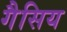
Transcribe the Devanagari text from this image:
गैसिय